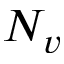
N _ { v }